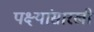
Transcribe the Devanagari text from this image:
पक्ष्यांसारखी